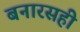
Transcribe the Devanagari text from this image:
बनारसही